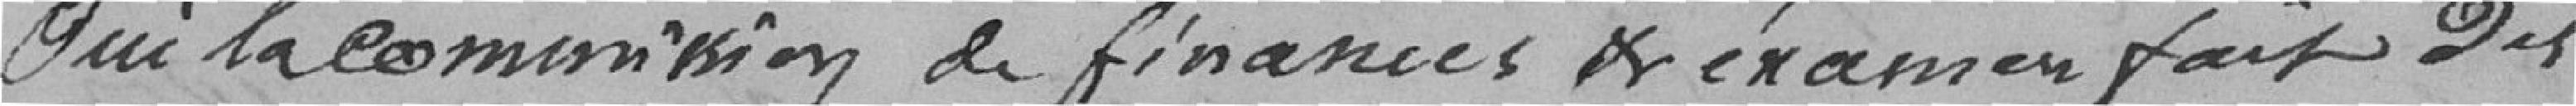
Ouï la commision de finances d'examen fait des